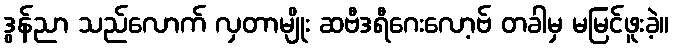
ဒွန်ညာ သည်လောက် လှတာမျိုး ဆဗီဒရီဂေးလော့ဗ် တခါမှ မမြင်ဖူးခဲ့။